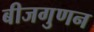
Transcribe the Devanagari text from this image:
बीजगुणन